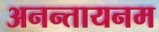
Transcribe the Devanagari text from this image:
अनन्तायनम